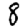
Digit: 8